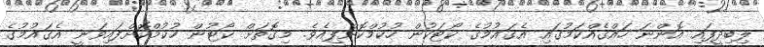
ލިބިދީފައި އޮންނަ ހައްގެއްކަމުގައި އެގައުމުގެ ކޯޓަކުން ހުކުމްކޮށްފިއެވެ. މިގޮތަށް ކޯޓުން ހުކުމްކޮށްފައިވަނީ އެގައުމުގެ